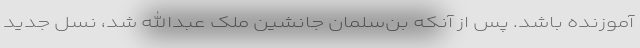
آموزنده باشد. پس از آنکه بن‌سلمان جانشین ملک عبدالله شد، نسل جدید